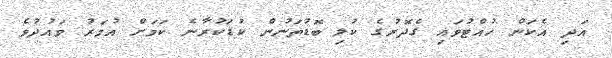
އަދި އެކަން ހުއްޓުވައި ގެދޮރުގެ ކުލި ބޮޑުތަނުން ކުޑަކުރާނެ ކަމަށް އުމަރު ވައުދުވެ